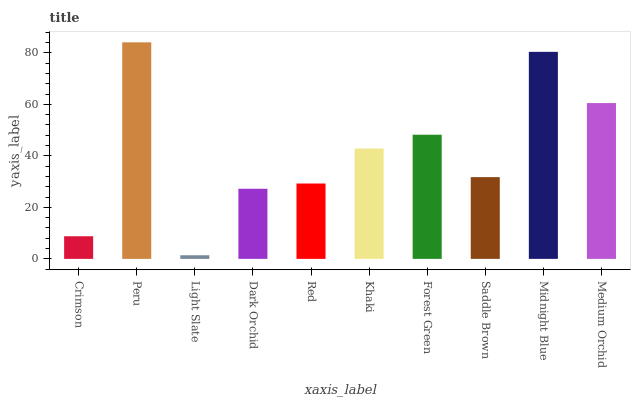
| xaxis_label | bars |
 | --- | --- |
 | Crimson | 8.79 |
 | Peru | 84.1 |
 | Light Slate | 1.4 |
 | Dark Orchid | 27.2 |
 | Red | 29.3 |
 | Khaki | 42.9 |
 | Forest Green | 48.2 |
 | Saddle Brown | 31.8 |
 | Midnight Blue | 80.4 |
 | Medium Orchid | 60.5 |